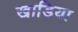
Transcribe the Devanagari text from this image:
खाडिया